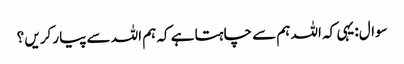
سوال:یہی کہ اللہ ہم سے چاہتا ہے کہ ہم اللہ سے پیار کریں ؟